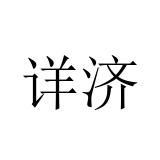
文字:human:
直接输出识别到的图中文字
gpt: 详济